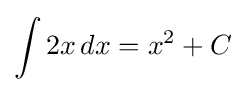
\int 2x\,dx=x^{2}+C